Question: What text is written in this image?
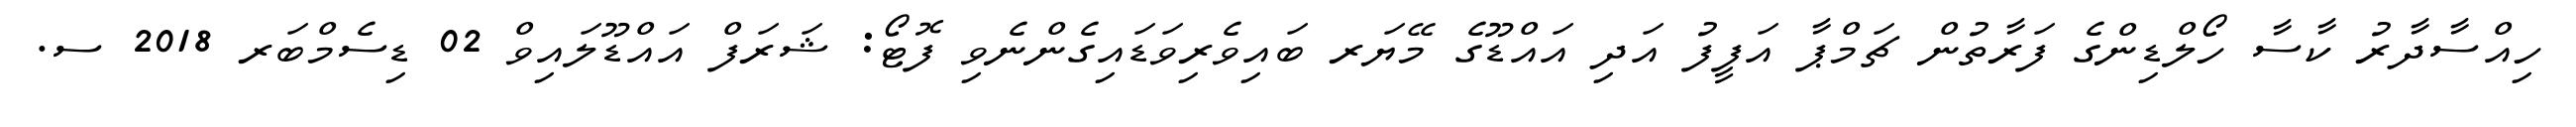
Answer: ހިއްސާދާރު ކާސާ ހޯލްޑިންގެ ފަރާތުން ޗަމްޕާ އަފީފު އަދި އައްޑޫގެ މޭޔަރ ބައިވެރިވަޑައިގެންނެވި ފޮޓޯ: ޝަރަފް އައްޑޫލައިވް 02 ޑިސެމްބަރ 2018 ސ.